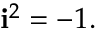
\mathbf { i } ^ { 2 } = - 1 .